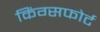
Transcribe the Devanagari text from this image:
किंग्सफोर्ट